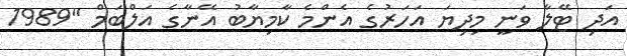
އަދި ޓޭލާ ވަނީ މިދިޔަ އަހަރުގެ އެންމެ ކާމިޔާބު އޭނާގެ އަލްބަމް "1989